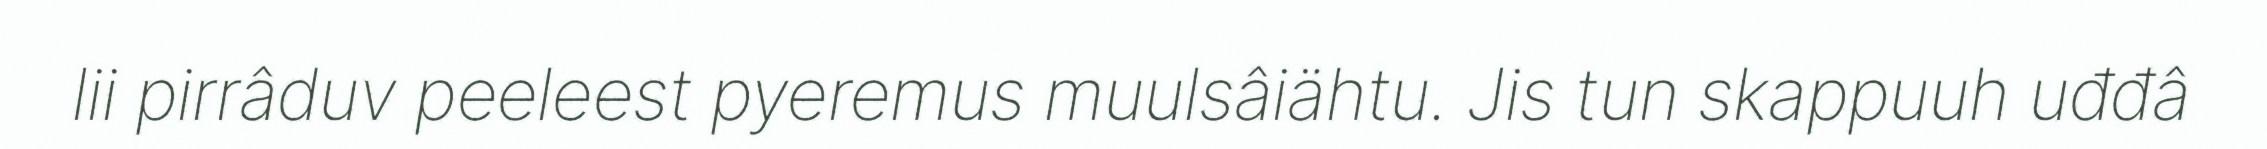
lii pirrâduv peeleest pyeremus muulsâiähtu. Jis tun skappuuh uđđâ